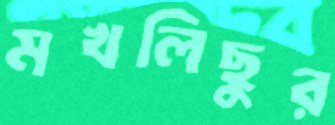
মখলিছুর